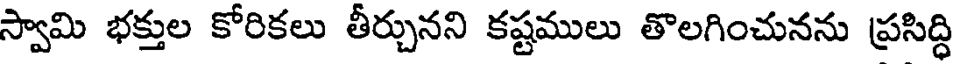
స్వామి భక్తుల కోరికలు తీర్చునని కష్టములు తొలగించునను ప్రసిద్ధి